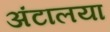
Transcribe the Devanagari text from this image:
अंटालया